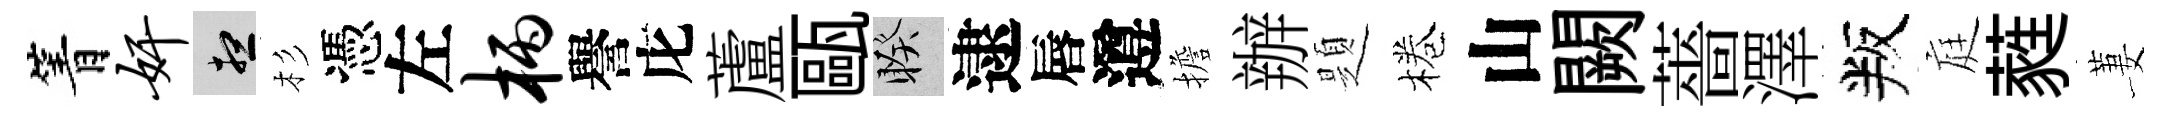
箐奸想杉憑左柄譽庀蘆甌睽逮唇遵擔辦題棬山闕薔澤叛庭蕤萋